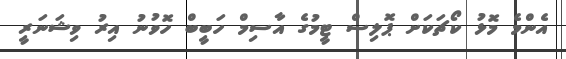
އެންމެ މޮޅު ކޯޗަކަށް ޕޮލިސް ޓީމުގެ އާސިމް ހަބީބް ހޮވުނު އިރު ވިޝަނަރީ